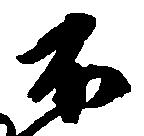
不